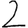
Digit: 2